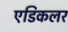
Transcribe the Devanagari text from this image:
एडिकलर